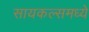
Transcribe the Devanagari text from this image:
सायकल्समध्ये